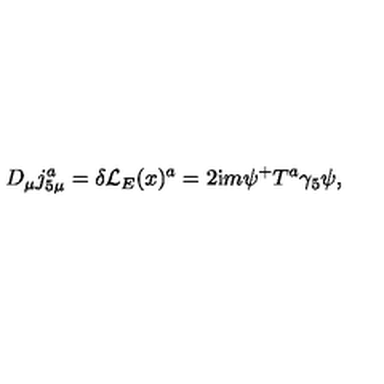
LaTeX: D _ { \mu } j _ { 5 \mu } ^ { a } = \delta { \cal L } _ { E } ( x ) ^ { a } = 2 \mathrm { i } m \psi ^ { + } T ^ { a } \gamma _ { 5 } \psi ,